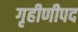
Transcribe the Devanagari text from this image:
गृहीणीपद